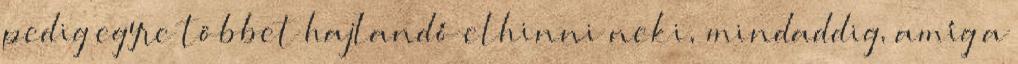
pedig egyre többet hajlandó elhinni neki, mindaddig, amíg a